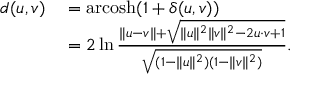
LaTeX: \begin{array} { r l } { d ( u , v ) } & { { } = \operatorname { a r c o s h } ( 1 + \delta ( u , v ) ) } \\ { \, } & { { } = 2 \ln { \frac { \lVert u - v \rVert + { \sqrt { \lVert u \rVert ^ { 2 } \lVert v \rVert ^ { 2 } - 2 u \cdot v + 1 } } } { \sqrt { ( 1 - \lVert u \rVert ^ { 2 } ) ( 1 - \lVert v \rVert ^ { 2 } ) } } } . } \end{array}